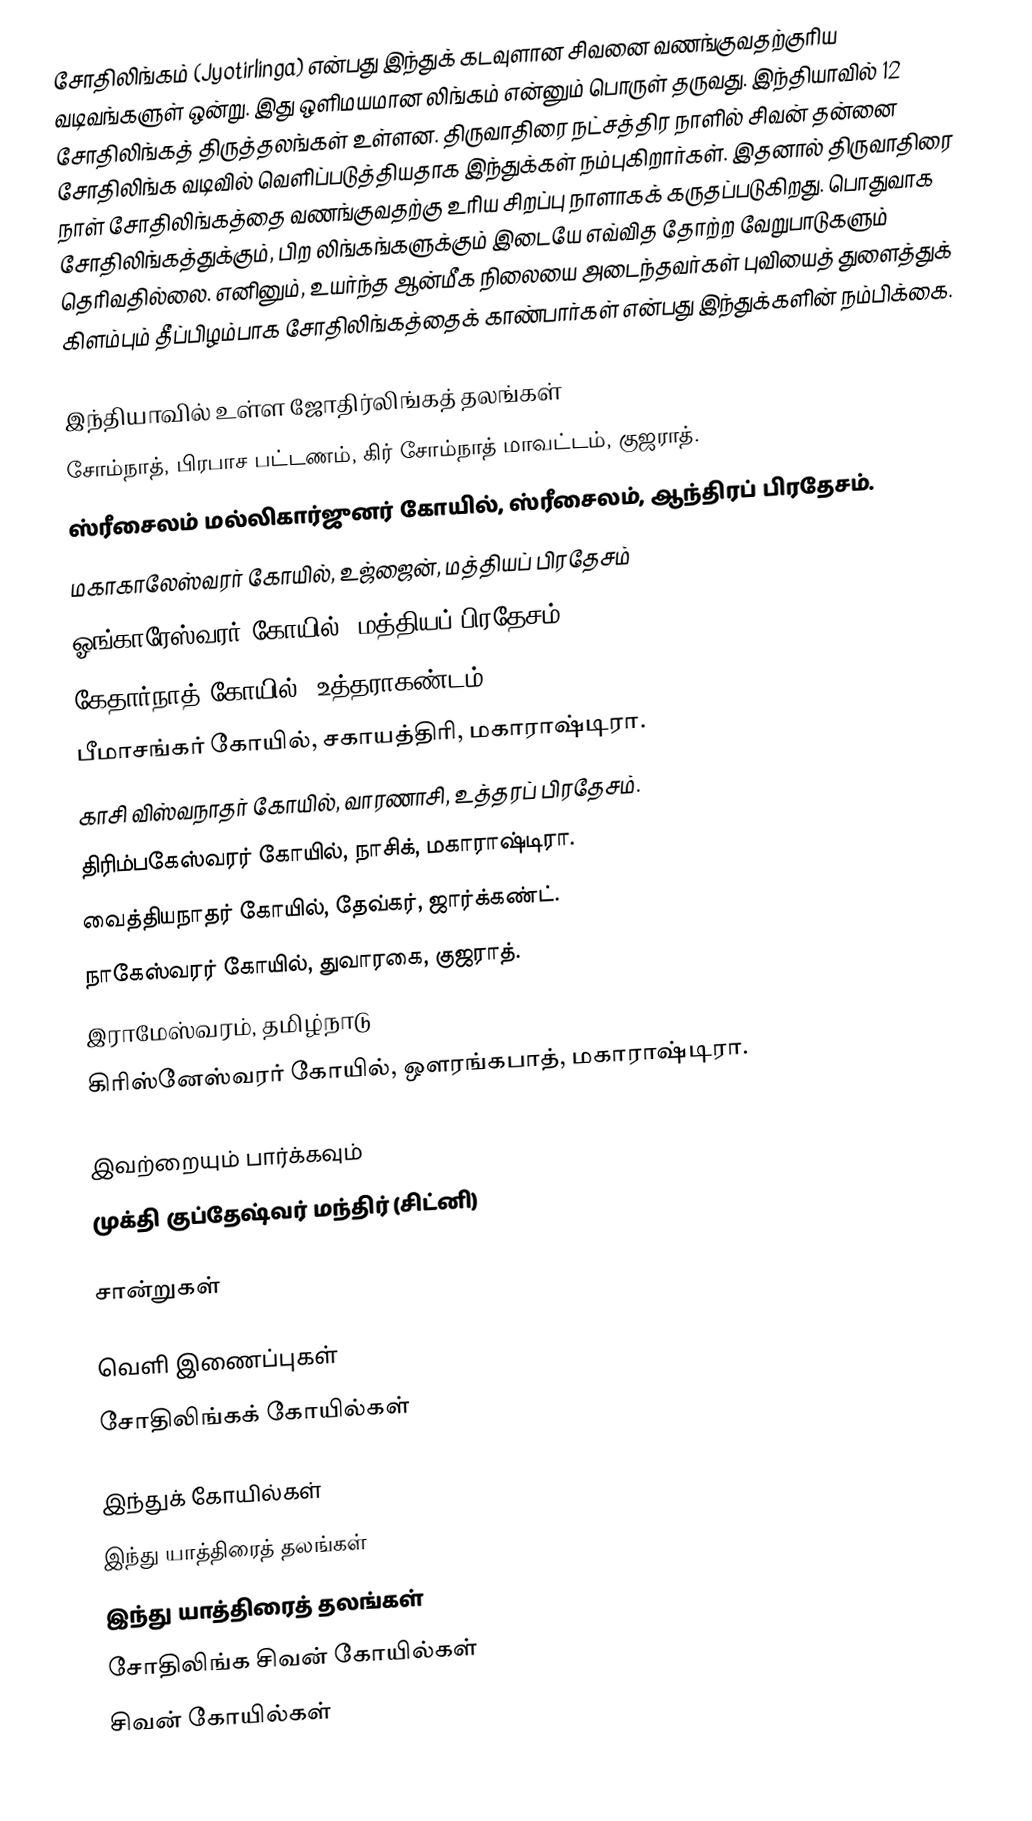
சோதிலிங்கம் (Jyotirlinga) என்பது இந்துக் கடவுளான சிவனை வணங்குவதற்குரிய வடிவங்களுள் ஒன்று. இது ஒளிமயமான லிங்கம் என்னும் பொருள் தருவது. இந்தியாவில் 12 சோதிலிங்கத் திருத்தலங்கள் உள்ளன. திருவாதிரை நட்சத்திர நாளில் சிவன் தன்னை சோதிலிங்க வடிவில் வெளிப்படுத்தியதாக இந்துக்கள் நம்புகிறார்கள். இதனால் திருவாதிரை நாள் சோதிலிங்கத்தை வணங்குவதற்கு உரிய சிறப்பு நாளாகக் கருதப்படுகிறது. பொதுவாக சோதிலிங்கத்துக்கும், பிற லிங்கங்களுக்கும் இடையே எவ்வித தோற்ற வேறுபாடுகளும் தெரிவதில்லை. எனினும், உயர்ந்த ஆன்மீக நிலையை அடைந்தவர்கள் புவியைத் துளைத்துக் கிளம்பும் தீப்பிழம்பாக சோதிலிங்கத்தைக் காண்பார்கள் என்பது இந்துக்களின் நம்பிக்கை.

இந்தியாவில் உள்ள ஜோதிர்லிங்கத் தலங்கள்
 சோம்நாத், பிரபாச பட்டணம், கிர் சோம்நாத் மாவட்டம், குஜராத்.
 ஸ்ரீசைலம் மல்லிகார்ஜுனர் கோயில், ஸ்ரீசைலம், ஆந்திரப் பிரதேசம்.
 மகாகாலேஸ்வரர் கோயில், உஜ்ஜைன், மத்தியப் பிரதேசம்
 ஓங்காரேஸ்வரர் கோயில், மத்தியப் பிரதேசம்.
 கேதார்நாத் கோயில், உத்தராகண்டம்
 பீமாசங்கர் கோயில், சகாயத்திரி, மகாராஷ்டிரா.
 காசி விஸ்வநாதர் கோயில், வாரணாசி, உத்தரப் பிரதேசம்.
 திரிம்பகேஸ்வரர் கோயில், நாசிக், மகாராஷ்டிரா.
 வைத்தியநாதர் கோயில், தேவ்கர், ஜார்க்கண்ட்.
 நாகேஸ்வரர் கோயில், துவாரகை, குஜராத்.
 இராமேஸ்வரம், தமிழ்நாடு
 கிரிஸ்னேஸ்வரர் கோயில், ஔரங்கபாத், மகாராஷ்டிரா.

இவற்றையும் பார்க்கவும்
 முக்தி குப்தேஷ்வர் மந்திர் (சிட்னி)

சான்றுகள்

வெளி இணைப்புகள்
 சோதிலிங்கக் கோயில்கள்

இந்துக் கோயில்கள்
இந்து யாத்திரைத் தலங்கள்
இந்து யாத்திரைத் தலங்கள்
சோதிலிங்க சிவன் கோயில்கள்
சிவன் கோயில்கள்